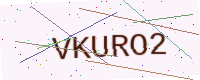
Text: VKURO2